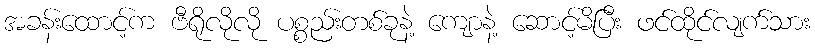
အခန်းထောင့်က ဗီရိုလိုလို ပစ္စည်းတစ်ခုနဲ့ ကျောနဲ့ ဆောင့်မိပြီး ဖင်ထိုင်လျက်သား